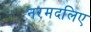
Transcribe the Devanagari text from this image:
नरमदलिए